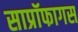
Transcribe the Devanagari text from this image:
साप्रॉफागस